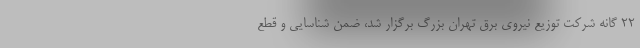
22 گانه شرکت توزیع نیروی برق تهران بزرگ برگزار شد، ضمن شناسایی و قطع